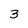
Character: 3